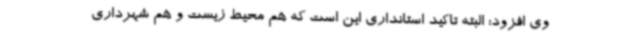
وی افزود: البته تاکید استانداری این است که هم محیط زیست و هم شهرداری